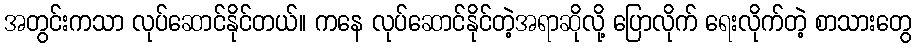
အတွင်းကသာ လုပ်ဆောင်နိုင်တယ်။ ကနေ လုပ်ဆောင်နိုင်တဲ့အရာဆိုလို့ ပြောလိုက် ရေးလိုက်တဲ့ စာသားတွေ